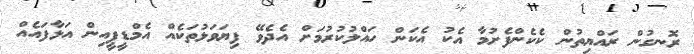
ރޮނގުން ރައްޔިތުން ކެކެންފެށުމާ އެކު އެކަން ހައްލުކުރުމަށް އެދެވޭ ފިޔަވަޅުތަކެއް އެމްޑީޕީއިން އަޅާފައެއް